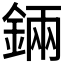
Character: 𨨄